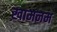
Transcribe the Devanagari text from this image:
ख़ामनम